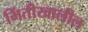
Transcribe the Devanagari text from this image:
भिंतीखालील